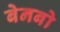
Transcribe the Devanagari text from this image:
बेनबो